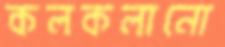
কলকলানো